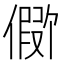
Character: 𪝪